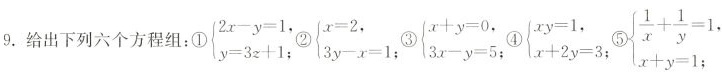
9.给出下列六个方程组：①$$\left\{ \begin{matrix} 2x-y=1, \\ y=3z+1; \\ \end{matrix} \right.$$②$$\left\{ \begin{matrix} x=2, \\ 3y-x=1; \\ \end{matrix} \right.$$③$$\left\{ \begin{matrix} x+y=0, \\ 3x-y=5; \\ \end{matrix} \right.$$④$$\left\{ \begin{matrix} xy=1, \\ x+2y=3; \\ \end{matrix} \right.$$⑤$$\left\{ \begin{matrix} \frac{1}{x}+\frac{1}{y}=1, \\ x+y=1;\end{matrix} \right.$$